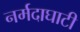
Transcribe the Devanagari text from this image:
नर्मदाघाटी